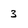
Character: 3